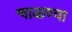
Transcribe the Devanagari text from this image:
चाळण्या